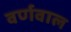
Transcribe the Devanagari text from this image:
वर्णवाल